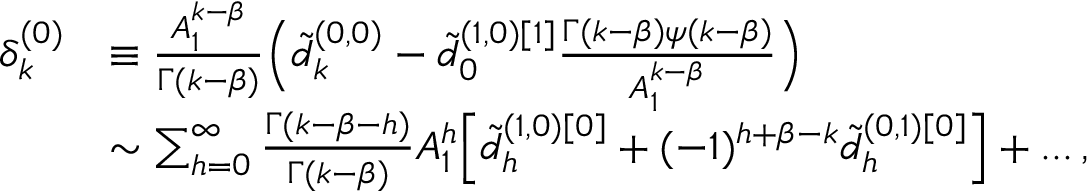
\begin{array} { r l } { \delta _ { k } ^ { ( 0 ) } } & { \equiv \frac { A _ { 1 } ^ { k - \beta } } { \Gamma ( k - \beta ) } \Big ( \tilde { d } _ { k } ^ { ( 0 , 0 ) } - \tilde { d } _ { 0 } ^ { ( 1 , 0 ) [ 1 ] } \frac { \Gamma ( k - \beta ) \psi ( k - \beta ) } { A _ { 1 } ^ { k - \beta } } \Big ) } \\ & { \sim \sum _ { h = 0 } ^ { \infty } \frac { \Gamma ( k - \beta - h ) } { \Gamma ( k - \beta ) } A _ { 1 } ^ { h } \Big [ \tilde { d } _ { h } ^ { ( 1 , 0 ) [ 0 ] } + ( - 1 ) ^ { h + \beta - k } \tilde { d } _ { h } ^ { ( 0 , 1 ) [ 0 ] } \Big ] + . . . \, , } \end{array}